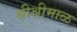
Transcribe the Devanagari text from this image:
श्रीश्रीमाळ